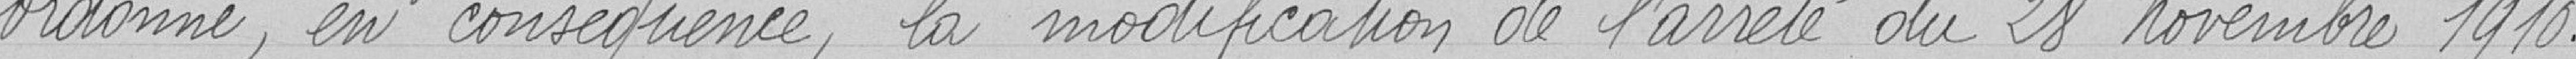
Ordonne, en conséquence, la modification de l'arrêté du 28 Novembre 1910.